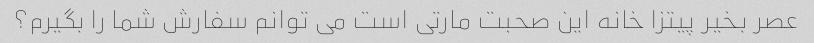
عصر بخیر پیتزا خانه این صحبت مارتی است می توانم سفارش شما را بگیرم؟